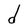
Character: d